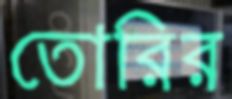
তোরির